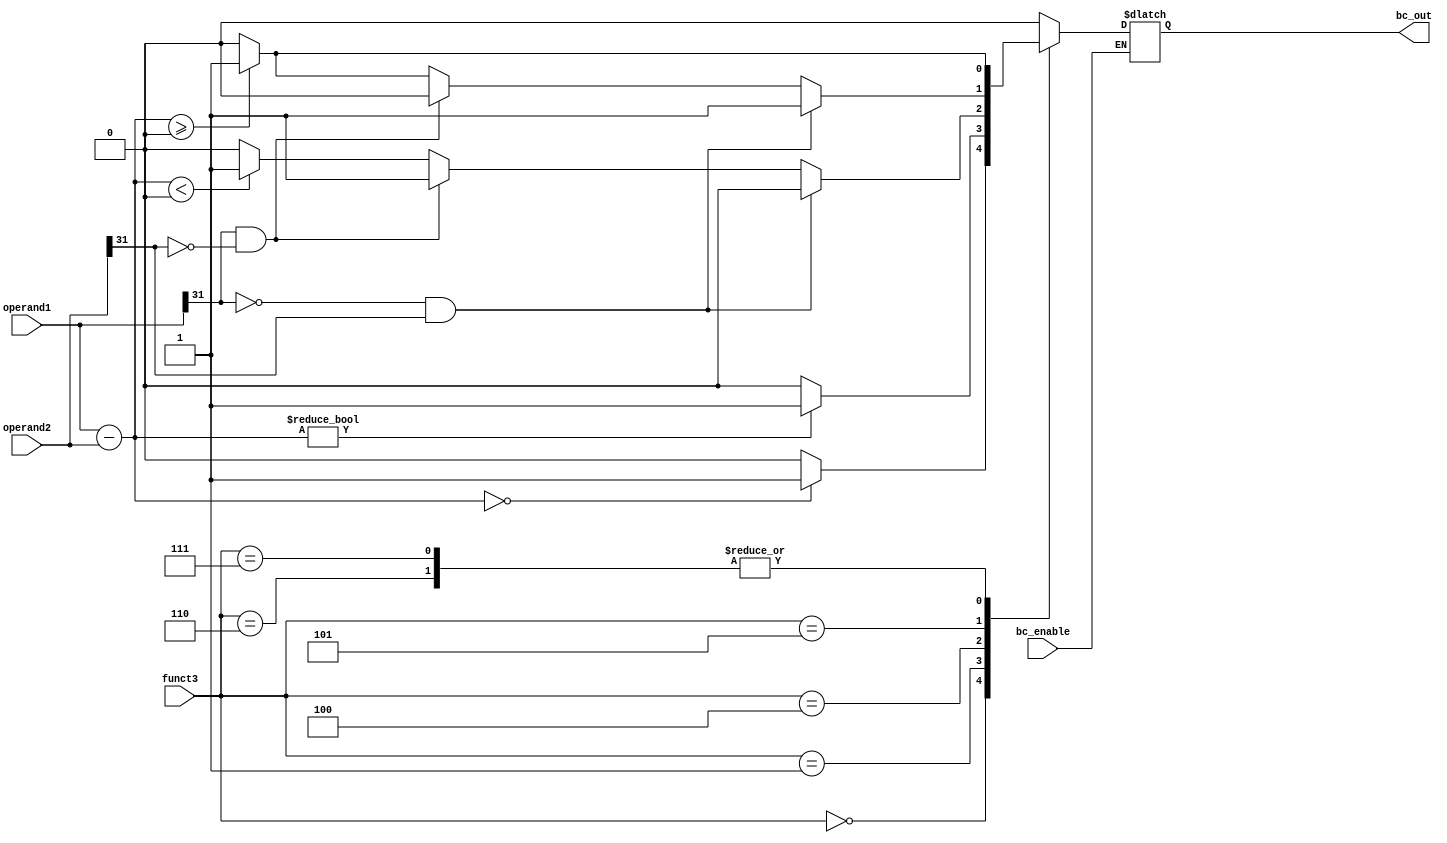
`timescale 1ns / 1ps
//////////////////////////////////////////////////////////////////////////////////
// Company: 
// Engineer: 
// 
// Design Name: 
// Module Name: ALU
// Project Name: 
// Target Devices: 
// Tool Versions: 
// Description: 
// 
// Dependencies: 
// 
// Revision:
// Revision 0.01 - File Created
// Additional Comments:
// 
//////////////////////////////////////////////////////////////////////////////////


module Branch_control(
    input bc_enable,
    input wire [2:0] funct3,
    input wire [31:0] operand1,
    input wire [31:0] operand2,
    output reg bc_out
    );





always @(*) begin
    if (bc_enable) begin
        case(funct3)
            3'b000: begin 
                if (operand1 - operand2 == 0)
                    bc_out <= 1;
                else
                    bc_out <= 0; 
            end 
           
            3'b001 :begin 
                if (operand1 - operand2 != 0)
                    bc_out <= 1;
                else
                    bc_out <= 0; 
            end 
            
            3'b100: begin 
                if (operand1[31] == 0 && operand2[31] == 1)
                    bc_out <= 0;
                else if (operand1[31] == 1 && operand2[31] == 0)
                    bc_out <= 1;
                else begin
                    if (operand1 - operand2 < 0)
                        bc_out <= 1;
                    else 
                        bc_out <= 0;
                end
            end 
            
            3'b101: begin 
                if (operand1[31] == 0 && operand2[31] == 1)
                    bc_out <= 1;
                else if (operand1[31] == 1 && operand2[31] == 0)
                    bc_out <= 0;
                else begin
                    if (operand1 - operand2 >= 0)
                        bc_out <= 1;
                    else 
                        bc_out <= 0;
                end
            end 
            
            3'b110: begin 
                if (operand1 - operand2 >= 0)
                    bc_out <= 1;
                else
                    bc_out <= 0; 
            end 
            
            3'b111: begin
                if (operand1 - operand2 >= 0)
                    bc_out <= 1;
                else
                    bc_out <= 0; 
            end 
            
            default :  bc_out <= 0;
        endcase 
       end
  end 
//        if (funct3 == 3'b000) begin
//            if (operand1 - operand2 == 0)
//                bc_out <= 1;
//            else
//                bc_out <= 0; 
//        end
//        else if (funct3 == 3'b001) begin
//            if (operand1 - operand2 != 0)
//                bc_out <= 1;
//            else
//                bc_out <= 0; 
//        end

//        else if (funct3 == 3'b100) begin
//            if (operand1[31] == 0 && operand2[31] == 1)
//                bc_out <= 0;
//            else if (operand1[31] == 1 && operand2[31] == 0)
//                bc_out <= 1;
//            else begin
//                if (operand1 - operand2 < 0)
//                    bc_out <= 1;
//                else 
//                    bc_out <= 0;
//            end
            
//        end

//        else if (funct3 == 3'b101) begin
//            if (operand1[31] == 0 && operand2[31] == 1)
//                bc_out <= 1;
//            else if (operand1[31] == 1 && operand2[31] == 0)
//                bc_out <= 0;
//            else begin
//                if (operand1 - operand2 >= 0)
//                    bc_out <= 1;
//                else 
//                    bc_out <= 0;
//            end
//        end
//        else if (funct3 == 3'b110) begin
//            if (operand1 - operand2 >= 0)
//                bc_out <= 1;
//            else
//                bc_out <= 0; 
//        end
//        else if (funct3 == 3'b111) begin
//            if (operand1 - operand2 >= 0)
//                bc_out <= 1;
//            else
//                bc_out <= 0; 
//        end
        
//        else 
//            bc_out <= 0;
//    end
        

  
    
    
    
endmodule